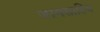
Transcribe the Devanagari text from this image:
जामसाहिब